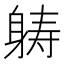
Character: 𮜶